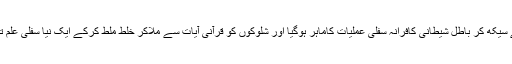
وہ اسے سیکھ کر باطل شیطانی کافرانہ سفلی عملیات کاماہر ہوگیا اور شلوکوں کو قرآنی آیات سے ملاکر خلط ملط کرکے ایک نیا سفلی علم تیار کیا۔